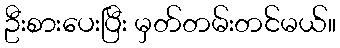
ဦးစားပေးပြီး မှတ်တမ်းတင်မယ်။